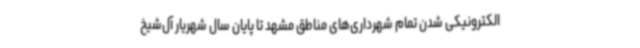
الکترونیکی شدن تمام شهرداری‌های مناطق مشهد تا پایان سال شهریار آل‌شیخ